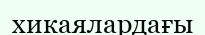
хикаялардағы